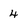
Character: 4